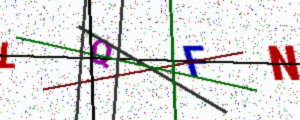
Text: LQFN